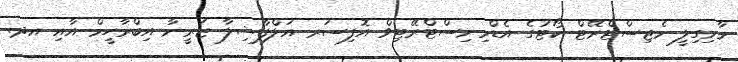
މާމިގިލީ މެޖިސްޓްރޭޓް ކޯޓުގެ އެޑްމިނިސްޓްރޭޓިވް އޮފިސަރ އަލްފާޟިލާ ޒަރީނާ އިބްރާހީމް އާއި އދ.